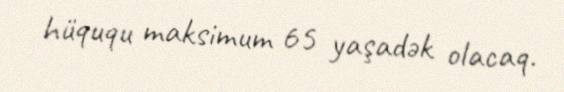
hüququ maksimum 65 yaşadək olacaq.